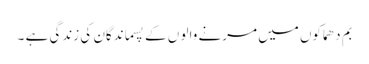
بم دھماکوں میں مرنے والو ں کے پسماندگان کی زندگی ہے ۔